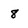
Character: 8